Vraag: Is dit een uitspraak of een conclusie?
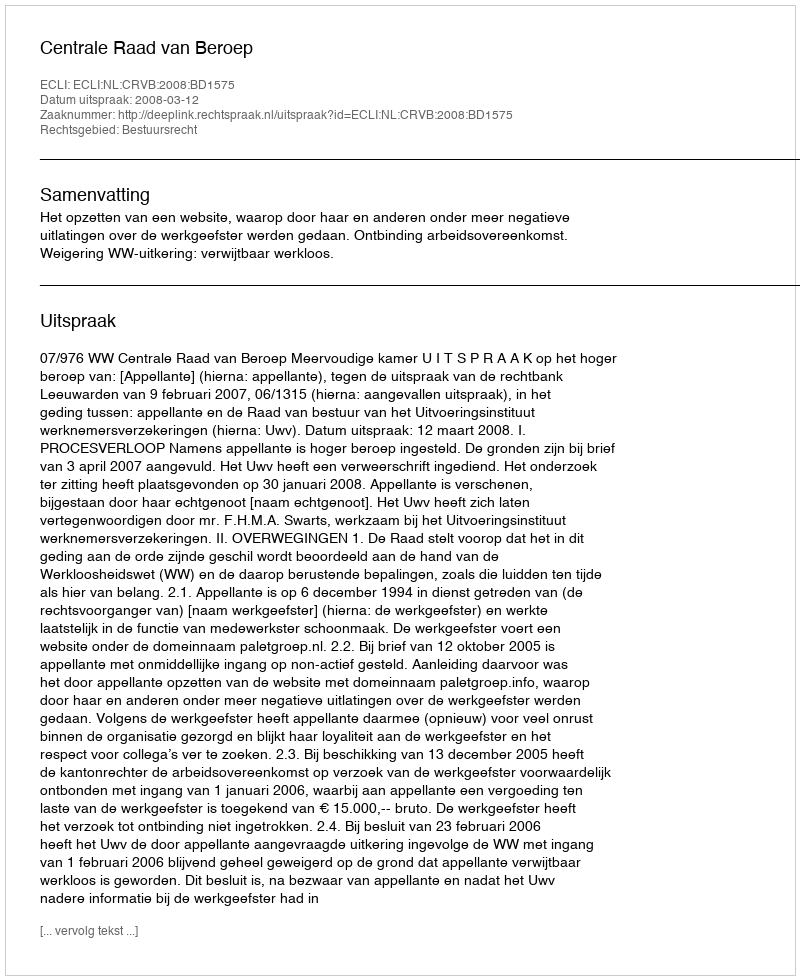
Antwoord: Uitspraak